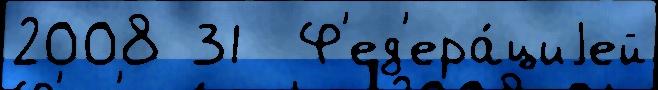
2008 31  Ф'ед'ера́циjей